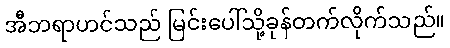
အီဘရာဟင်သည် မြင်းပေါ်သို့ခုန်တက်လိုက်သည်။